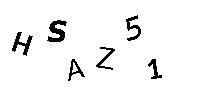
HSAZ51